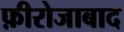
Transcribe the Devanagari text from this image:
फ़ीरोजाबाद